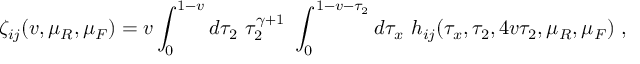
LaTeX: \zeta _ { i j } ( v , \mu _ { R } , \mu _ { F } ) = v \int _ { 0 } ^ { 1 - v } d \tau _ { 2 } ~ \tau _ { 2 } ^ { \gamma + 1 } ~ \int _ { 0 } ^ { 1 - v - \tau _ { 2 } } d \tau _ { x } ~ h _ { i j } ( \tau _ { x } , \tau _ { 2 } , 4 v \tau _ { 2 } , \mu _ { R } , \mu _ { F } ) ~ ,